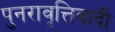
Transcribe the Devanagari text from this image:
पुनरावृत्तिवादी